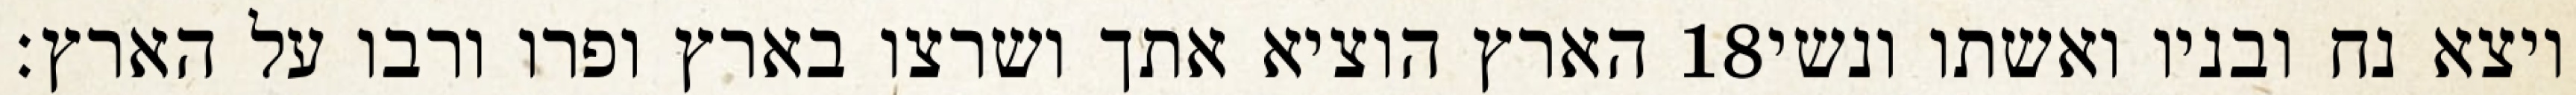
הארץ הוציא אתך ושרצו בארץ ופרו ורבו על הארץ׃ ‎18‏ ויצא נח ובניו ואשתו ונשי